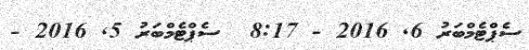
ސެޕްޓެމްބަރު 6